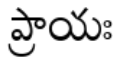
ప్రాయః